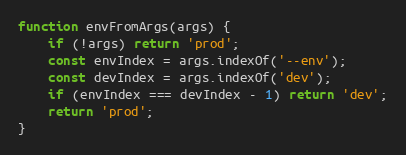
Language: JavaScript
function envFromArgs(args) {
	if (!args) return 'prod';
	const envIndex = args.indexOf('--env');
	const devIndex = args.indexOf('dev');
	if (envIndex === devIndex - 1) return 'dev';
	return 'prod';
}